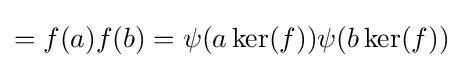
=f(a)f(b)=\psi (a\ker(f))\psi (b\ker(f))